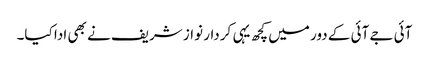
آئی جے آئی کے دور میں کچھ یہی کردار نواز شریف نے بھی ادا کیا۔